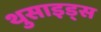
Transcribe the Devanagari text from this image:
थुसाइड्स